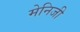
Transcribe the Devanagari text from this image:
मेनिजी